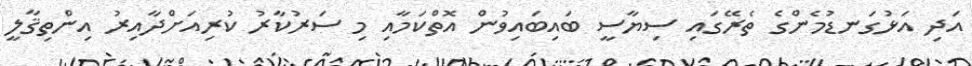
އަދި އަޅުގަނޑުމެންގެ ތެރޭގައި ސިޔާސީ ބައިބައިވުން އޮތްކަމާއި މި ސަރުކާރު ކުރިއަށްދާއިރު އިންތިޤާލީ